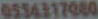
6554317080